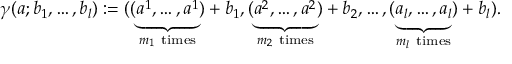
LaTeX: \gamma ( a ; b _ { 1 } , \ldots , b _ { l } ) : = ( ( \underbrace { a ^ { 1 } , \ldots , a ^ { 1 } } _ { m _ { 1 } { \ \mathrm { t i m e s } } } ) + b _ { 1 } , ( \underbrace { a ^ { 2 } , \ldots , a ^ { 2 } } _ { m _ { 2 } { \ \mathrm { t i m e s } } } ) + b _ { 2 } , \ldots , ( \underbrace { a _ { l } , \ldots , a _ { l } } _ { m _ { l } { \ \mathrm { t i m e s } } } ) + b _ { l } ) .